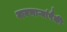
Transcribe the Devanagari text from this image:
मानणाऱ्यांपैकी